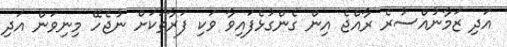
އަދި ޒަމާނުއްސުރެ ރާއްޖެ އިން ގެންގުޅެފައިވާ ވަކި ފަރާތަކަށް ނުޖެހޭ މިނިވަން އަދި